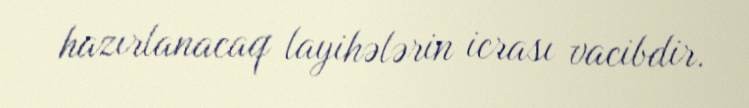
hazırlanacaq layihələrin icrası vacibdir.